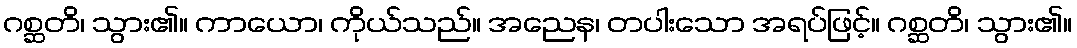
ဂစ္ဆတိ၊ သွား၏။ ကာယော၊ ကိုယ်သည်။ အညေန၊ တပါးသော အရပ်ဖြင့်။ ဂစ္ဆတိ၊ သွား၏။